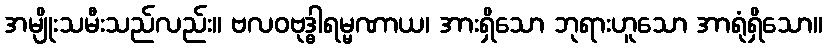
အမျိုးသမီးသည်လည်း။ ဗလဝဗုဒ္ဓါရမ္မဏာယ၊ အားရှိသော ဘုရားဟူသော အာရုံရှိသော။